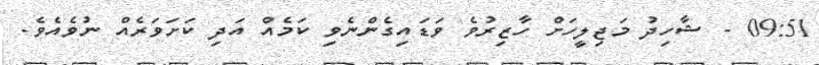
09:51 - ޝާހިދު މަޖިލީހަށް ހާޒިރުވެ ވަޑައިގެންނެވި ކަމެއް އަދި ކަށަވަރެއް ނުވެއެވެ.